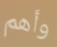
وأهم